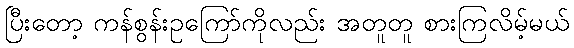
ပြီးတော့ ကန်စွန်းဥကြော်ကိုလည်း အတူတူ စားကြလိမ့်မယ်